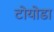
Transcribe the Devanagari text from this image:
टोयोडा